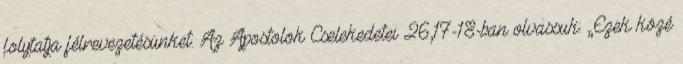
folytatja félrevezetésünket. Az Apostolok Cselekedetei 26,17-18-ban olvassuk: „Ezek közé